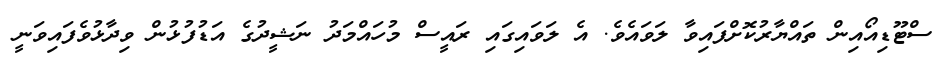
ސްޓޫޑިއޯއިން ތައްޔާރުކޮށްފައިވާ ލަވައެވެ. އެ ލަވައިގައި ރައީސް މުހައްމަދު ނަޝީދުގެ އަޑުފުޅުން ވިދާޅުވެފައިވަނީ